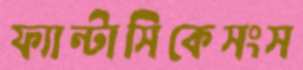
ফ্যান্টাসিকেসংস